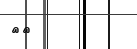
٥٨